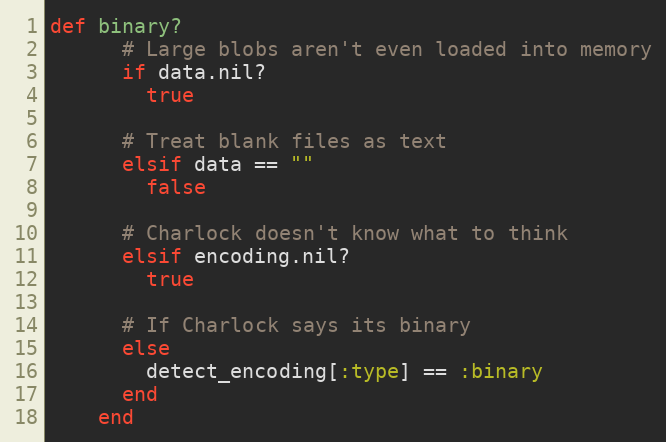
Language: Ruby
def binary?
      # Large blobs aren't even loaded into memory
      if data.nil?
        true

      # Treat blank files as text
      elsif data == ""
        false

      # Charlock doesn't know what to think
      elsif encoding.nil?
        true

      # If Charlock says its binary
      else
        detect_encoding[:type] == :binary
      end
    end